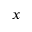
\displaystyle x